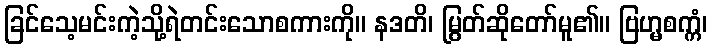
ခြင်သေ့မင်းကဲ့သို့ရဲတင်းသောစကားကို။ နဒတိ၊ မြွတ်ဆိုတော်မူ၏။ ဗြဟ္မစက္ကံ၊